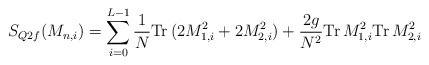
\begin{align*}S_{Q2f} (M_{n,i} ) = \sum_{i=0}^{L-1} \frac{1}{N} \mbox{Tr} \,(2M_{1,i}^2 + 2M_{2,i}^2 )+ \frac{2g}{N^2 } \mbox{Tr} \, M_{1,i}^2 \mbox{Tr} \, M_{2,i}^2\end{align*}